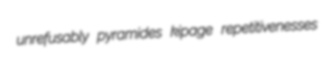
unrefusably pyramides kipage repetitivenesses